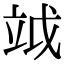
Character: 𥩡